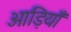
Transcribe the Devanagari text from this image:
आड़ियाँ